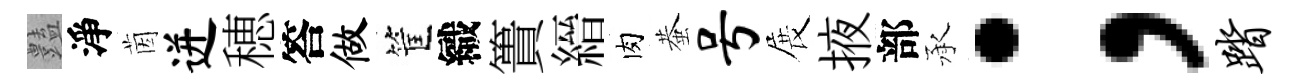
𧰟淨茵迸穂答做筐織簣縉肉蛬号展掖部承；踏